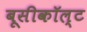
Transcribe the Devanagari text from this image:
बूसीकॉल्ट